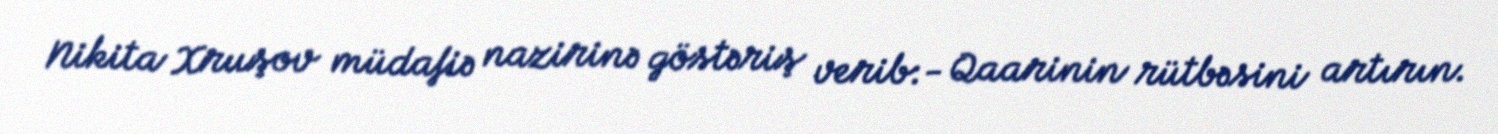
Nikita Xruşov müdafiə nazirinə göstəriş verib:- Qaarinin rütbəsini artırın.